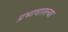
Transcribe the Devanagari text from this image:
प्रभावातल्या